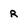
Character: R